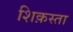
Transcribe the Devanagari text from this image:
शिक़स्ता